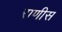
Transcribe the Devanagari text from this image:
राणीस